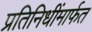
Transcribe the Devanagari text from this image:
प्रतिनिधींमार्फत